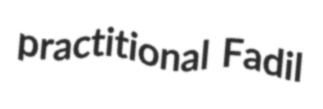
practitional Fadil